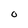
Character: O